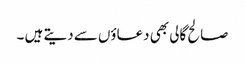
صالح گالی بھی دعاؤں سے دیتے ہیں ۔